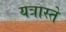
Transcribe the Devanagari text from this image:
यत्रास्ते